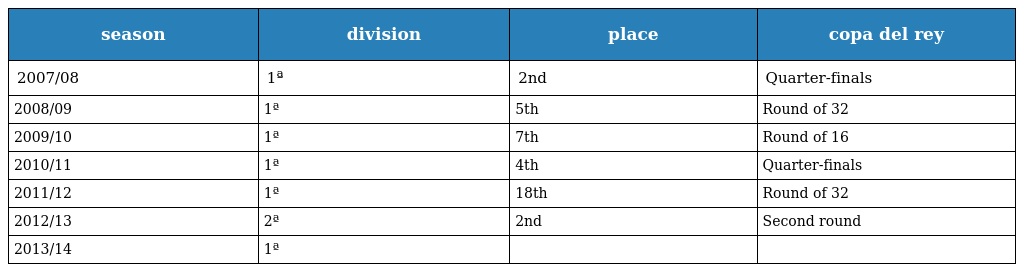
| season | division | place | copa del rey |
 | --- | --- | --- | --- |
 | 2007/08 | 1ª | 2nd | Quarter-finals |
 | 2008/09 | 1ª | 5th | Round of 32 |
 | 2009/10 | 1ª | 7th | Round of 16 |
 | 2010/11 | 1ª | 4th | Quarter-finals |
 | 2011/12 | 1ª | 18th | Round of 32 |
 | 2012/13 | 2ª | 2nd | Second round |
 | 2013/14 | 1ª |  |  |